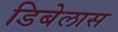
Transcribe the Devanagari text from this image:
डिबेलास